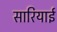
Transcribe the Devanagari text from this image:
सारियाई